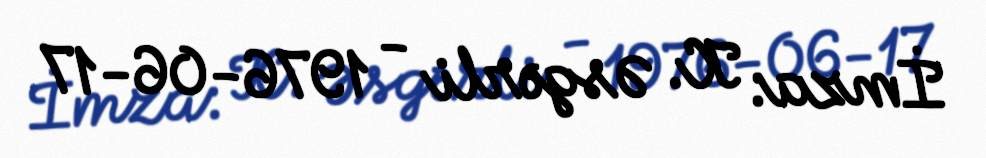
İmza: K. Əsgərli - 1976-06-17